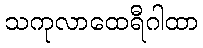
သကုလာထေရီဂါထာ